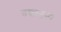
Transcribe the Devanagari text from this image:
तख्तनुमा